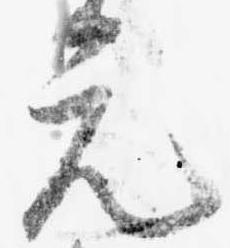
元